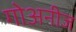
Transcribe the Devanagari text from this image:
गोअनीज